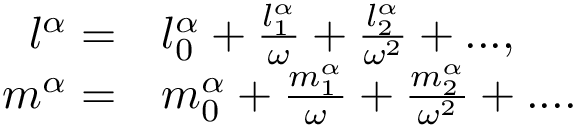
\begin{array} { r l } { l ^ { \alpha } = } & { l _ { 0 } ^ { \alpha } + \frac { l _ { 1 } ^ { \alpha } } { \omega } + \frac { l _ { 2 } ^ { \alpha } } { \omega ^ { 2 } } + . . . , } \\ { m ^ { \alpha } = } & { m _ { 0 } ^ { \alpha } + \frac { m _ { 1 } ^ { \alpha } } { \omega } + \frac { m _ { 2 } ^ { \alpha } } { \omega ^ { 2 } } + . . . . } \end{array}